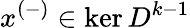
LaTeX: x^{(-)}\in\ker D^{k-1}